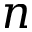
n